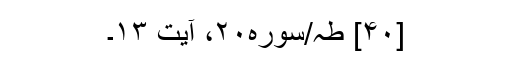
[۴۰] طہ/سوره۲۰، آیت ۱۳۔